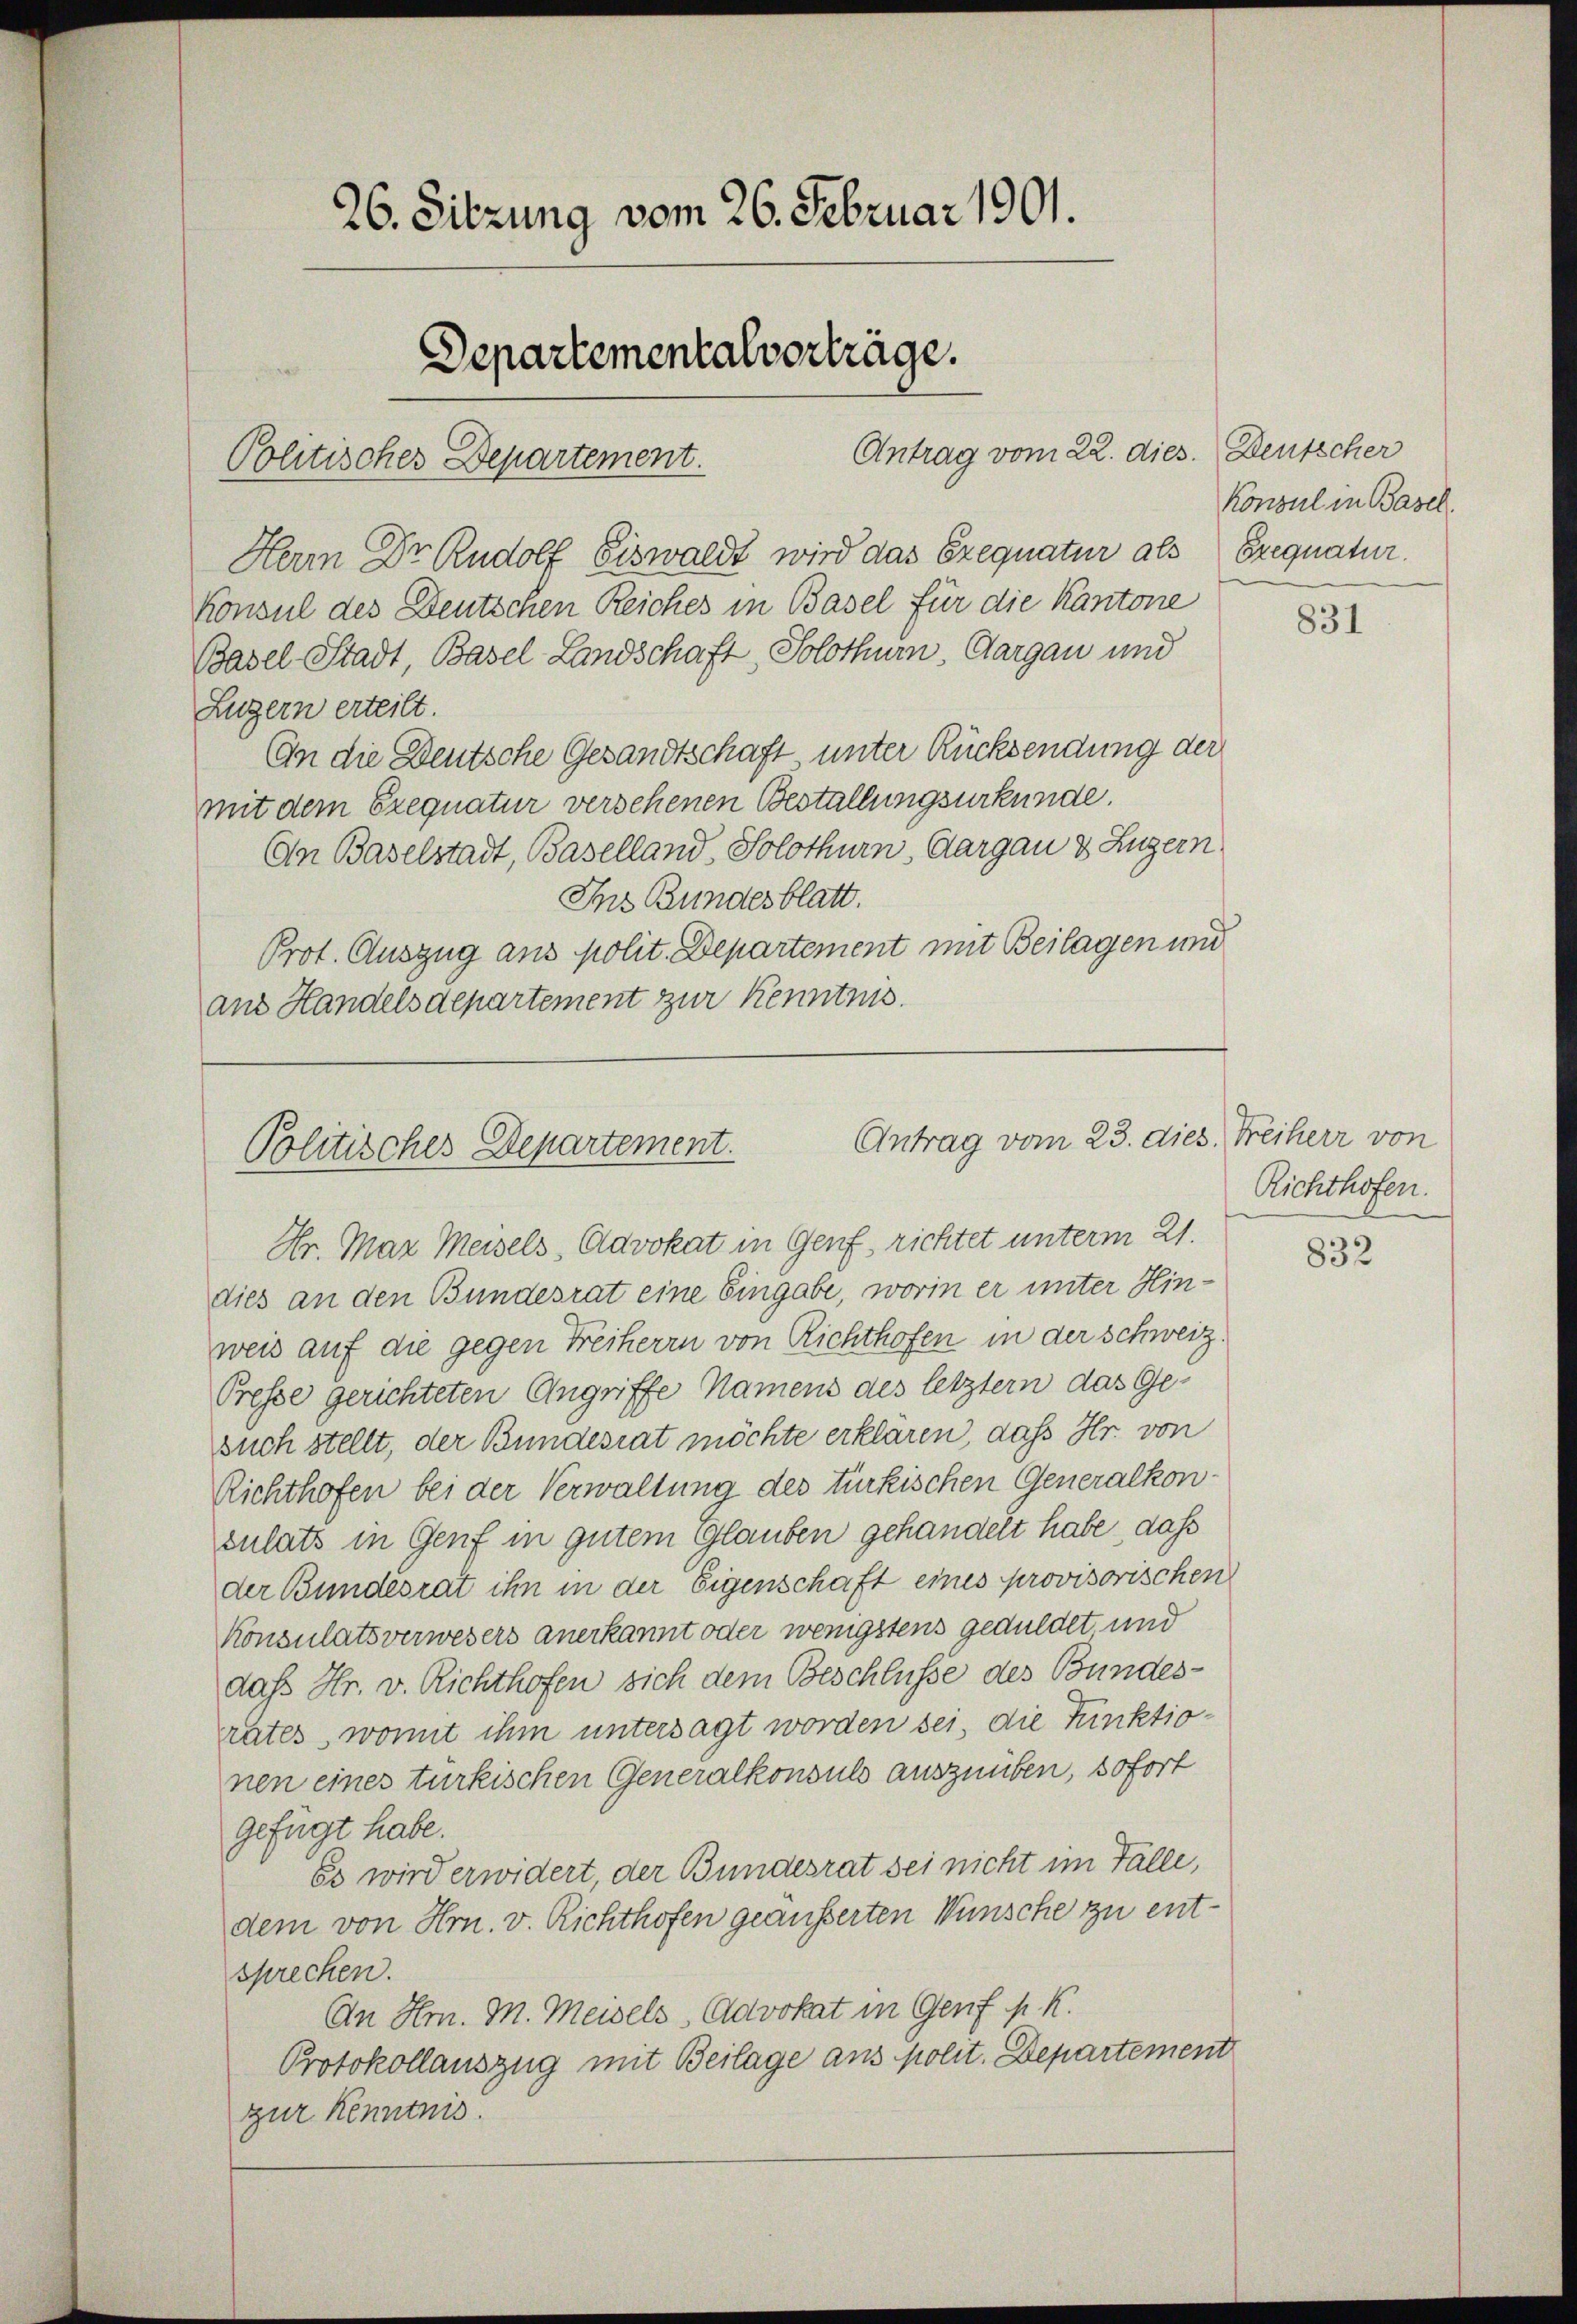
26. Sitzung vom 26. Februar 1901.
Departementalvorträge.
Antrag vom 22. dies.
Politisches Departement.

Herr Dr. Rudolf Eiswaldt wird das Exequatur als
Konsul des Deutschen Reiches in Basel für die Kantone
Basel-Stadt, Basel-Landschaft, Solothurn, Aargau und
Luzern erteilt.
An die Deutsche Gesandtschaft unter Rücksendung der
mit dem Exequatur versehenen Bestallungsurkunde.
An Baselstadt, Baselland, Solothurn, Aargau & Zugern
Ins Bundesblatt.
Prot. Auszug aus polit. Departement mit Beilagen und
ans Handelsdepartement zur Kenntnis.

Antrag vom 23. dies Freiherr von
Politisches Departement.

Deutscher
Konsul in Basel.
Exequatur.

Hr. Mar Meisels, Advokat in Genf, richtet unterm 21.
dies an den Bundesrat eine Eingabe, worin er unter Hinweis auf die gegen Freiherrn von Richthofen in der Schweiz.
Presse gerichteten Angriffe Namens des letztern das Gesuch stellt, der Bundesrat möchte erklären, daß Hr. von
Richthofen bei der Verwaltung des türkischen Generalkon-
sulats in Genf in gutem Glauben gehandelt habe, daß
der Bundesrat ihn in der Eigenschaft eines provisorischen
Konsulatsverwesers anerkannt oder wenigstens geduldet und
daß Hr. v. Richthofen sich dem Beschlüsse des Bundes-
rates, womit ihm untersagt worden sei, die Funktionen eines türkischen Generalkonsuls auszuüben, sofort
gefügt habe.
Es wird erwidert, der Bundesrat sei nicht im Fälle,
dem von Hrn. v. Richthofen geäusserten Wünsche zu entsprechen.
An Hr. M. Meisels, Advokat in Genf p. K.
Protokollauszug mit Beilage aus polit. Departement
zur Kenntnis.

831

Richthofen.

832